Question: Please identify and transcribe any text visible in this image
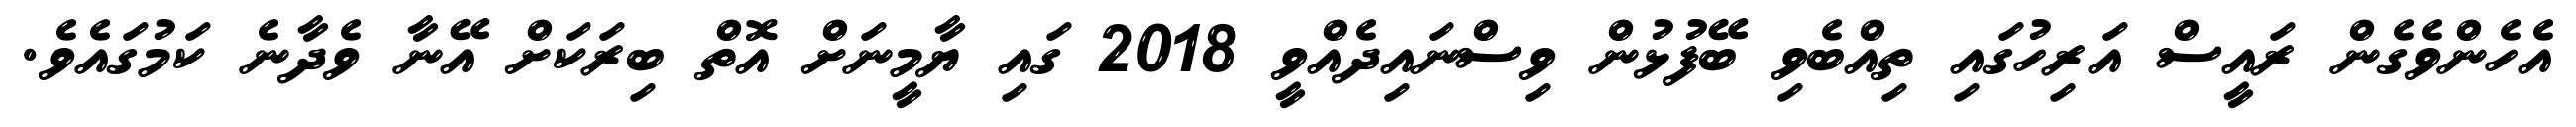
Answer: އެހެންވެގެން ރައީސް އަރިހުގައި ތިއްބެވި ބޭފުޅުން ވިސްނައިދެއްވީ 2018 ގައި ޔާމީނަށް އޮތް ބިރަކަށް އޭނާ ވެދާނެ ކަމުގައެވެ.